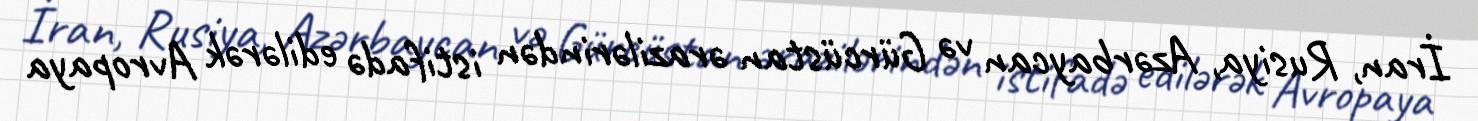
İran, Rusiya, Azərbaycan və Gürcüstan ərazilərindən istifadə edilərək Avropaya